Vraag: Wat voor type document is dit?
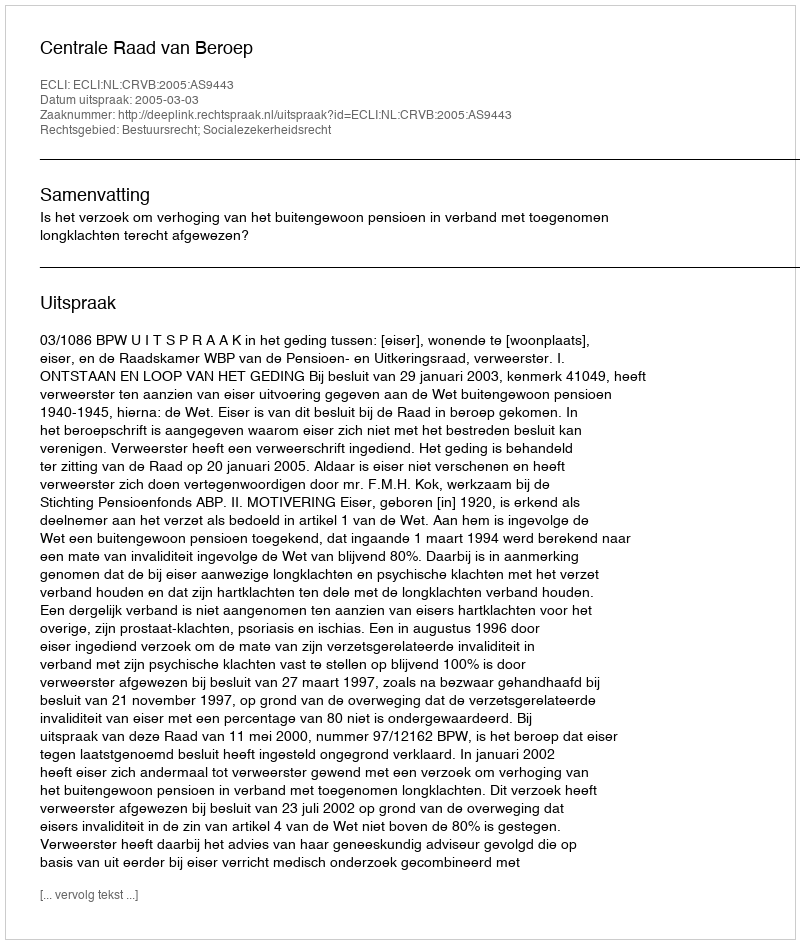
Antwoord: Uitspraak